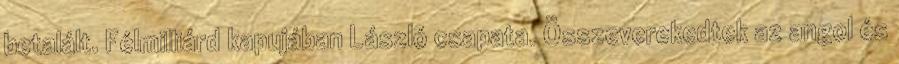
betalált. Félmilliárd kapujában László csapata. Összeverekedtek az angol és